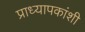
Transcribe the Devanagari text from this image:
प्राध्यापकांशी